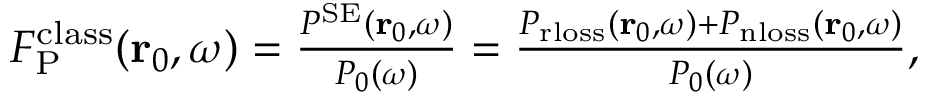
\begin{array} { r } { F _ { \mathrm { P } } ^ { \mathrm { c l a s s } } ( \mathbf { r } _ { 0 } , \omega ) = \frac { P ^ { \mathrm { S E } } ( { \bf r } _ { 0 } , \omega ) } { P _ { 0 } ( \omega ) } = \frac { P _ { \mathrm { r l o s s } } ( \mathbf { r } _ { 0 } , \omega ) + P _ { \mathrm { n l o s s } } ( \mathbf { r } _ { 0 } , \omega ) } { P _ { 0 } ( { \omega } ) } , } \end{array}